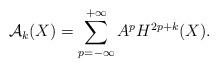
LaTeX: \begin{align*}\mathcal A_k(X)=\sum_{p=-\infty}^{+\infty} A^{p} H^{2p+k}(X). \end{align*}